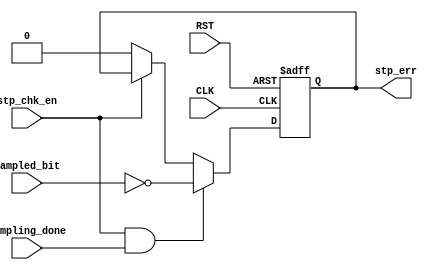
module RX_STOP_CHECK (
    input wire CLK,
    input wire RST,
    input wire stp_chk_en,
    input wire sampling_done,
    input wire sampled_bit,
    output reg stp_err
);
    
    always @(posedge CLK or negedge RST) begin
        if (~RST) begin
            stp_err <= 'b0;
        end
        else if(stp_chk_en && sampling_done) begin
            // stop bit must be 1
            stp_err <= ~sampled_bit;
        end
        else if (~stp_chk_en) begin
            stp_err <= 'b0;
        end
    end
endmodule